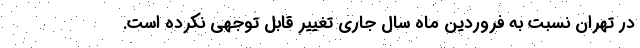
در تهران نسبت به فروردین ماه سال جاری تغییر قابل توجهی نکرده است.